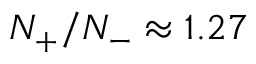
N _ { + } / N _ { - } \approx 1 . 2 7